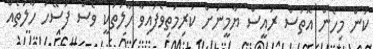
ކަން މިހެން އޮތަސް ރައީސް ޔާމީނަށް ކުރިމަތިވެފައިވާ ހާލަތަކީ ވެސް ފަސޭހަ ހާލަތެއް